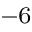
^ { - 6 }